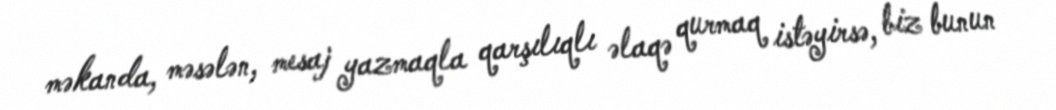
məkanda, məsələn, mesaj yazmaqla qarşılıqlı əlaqə qurmaq istəyirsə, biz bunun